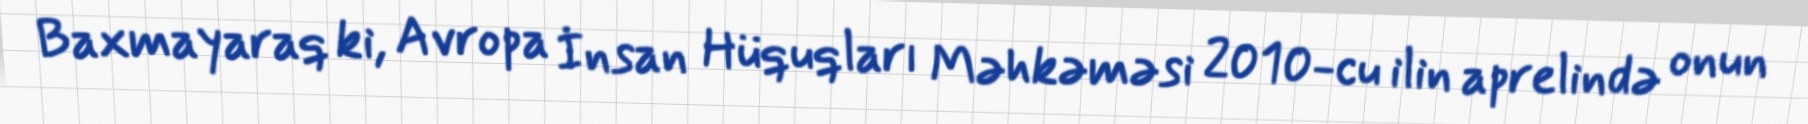
Baxmayaraq ki, Avropa İnsan Hüquqları Məhkəməsi 2010-cu ilin aprelində onun